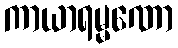
ကာယာရမ္မဏော